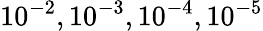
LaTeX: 10^{-2},10^{-3},10^{-4},10^{-5}